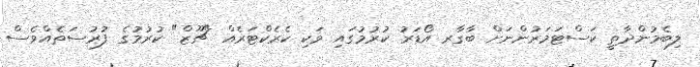
ލިބެމުންދާތީ ކަސްޓަމަރުންނަށް ބާގާރ އޯޑަރު ކުރުމުގައި ވަކި ކެރެކްޓަރެއް "ޗޫޒް" ކުރުމުގެ ފުރުސަތެއްވެސް